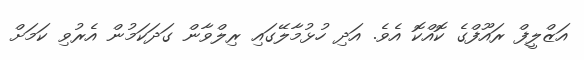
އަޒްލީފް ރައޫފްގެ ކޮއްކޮ އެވެ. އަދި ހުޅުމާލޭގައި ރިލްވާން ގަދަކަމުން އެރުވި ކަމަށް